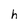
Character: h